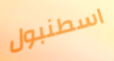
اسطنبول